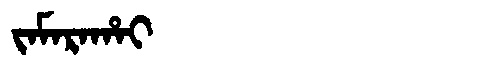
Manchu: ᠵᠠᠮᠠᡵᠠᡥᠠᡳ
Romanization: JAMARAHAI